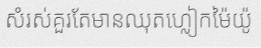
សំរស់គួរតែមានឈុតហ្លៀកម៉ៃយ៉ូ